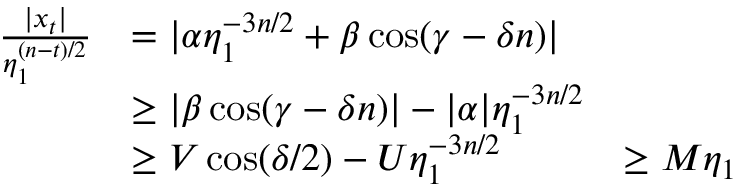
\begin{array} { r l r } { \frac { | x _ { t } | } { \eta _ { 1 } ^ { ( n - t ) / 2 } } } & { = | \alpha \eta _ { 1 } ^ { - 3 n / 2 } + \beta \cos ( \gamma - \delta n ) | } \\ & { \ge | \beta \cos ( \gamma - \delta n ) | - | \alpha | \eta _ { 1 } ^ { - 3 n / 2 } } \\ & { \ge V \cos ( \delta / 2 ) - U \eta _ { 1 } ^ { - 3 n / 2 } } & { \ge M \eta _ { 1 } } \end{array}